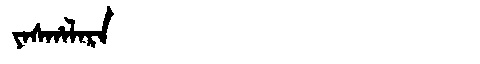
Manchu: ᠶᠠᠰᡥᠠᠯᠠᡵᠠ
Romanization: YASHALARA